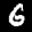
Label: 6